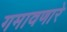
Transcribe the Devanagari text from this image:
गमावणारे